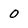
Character: 0